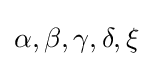
\alpha ,\beta ,\gamma ,\delta ,\xi